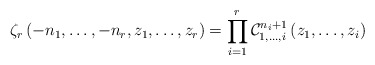
\begin{align*}\zeta_{r}\left(-n_{1},\dots,-n_{r},z_{1},\dots,z_{r}\right) =\prod_{i=1}^{r} \mathcal{C}_{1,\dots,i}^{n_{i}+1}\left(z_{1},\dots,z_{i}\right)\end{align*}